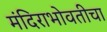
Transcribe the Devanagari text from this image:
मंदिराभोवतीचा